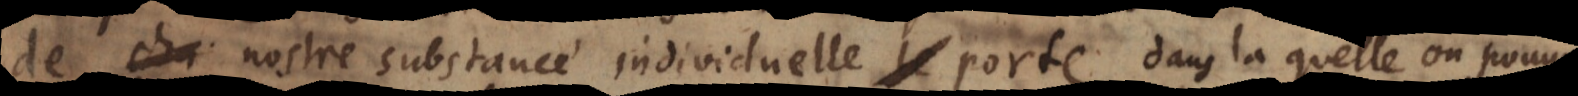
de cha nostre substance individuelle le porte, et il pe po